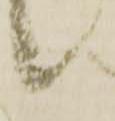
候